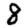
Digit: 8